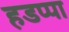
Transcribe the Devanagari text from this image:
हडप्‍पा